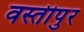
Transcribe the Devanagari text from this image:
वस्तीपुर